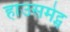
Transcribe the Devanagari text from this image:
हाउसमेट्स